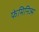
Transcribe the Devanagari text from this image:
फेमिनिज्म